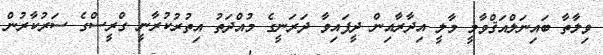
ވިލާތާ ބައިނަލްއަޤްވާމީ މާލީ އިދާރާއިން ދީފައިވާ ދަރަނީގެ މުއްދަތު އިތުރުކުރާނީ ގްރީސްގެ ސަރުކާރުން